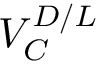
V _ { C } ^ { D / L }